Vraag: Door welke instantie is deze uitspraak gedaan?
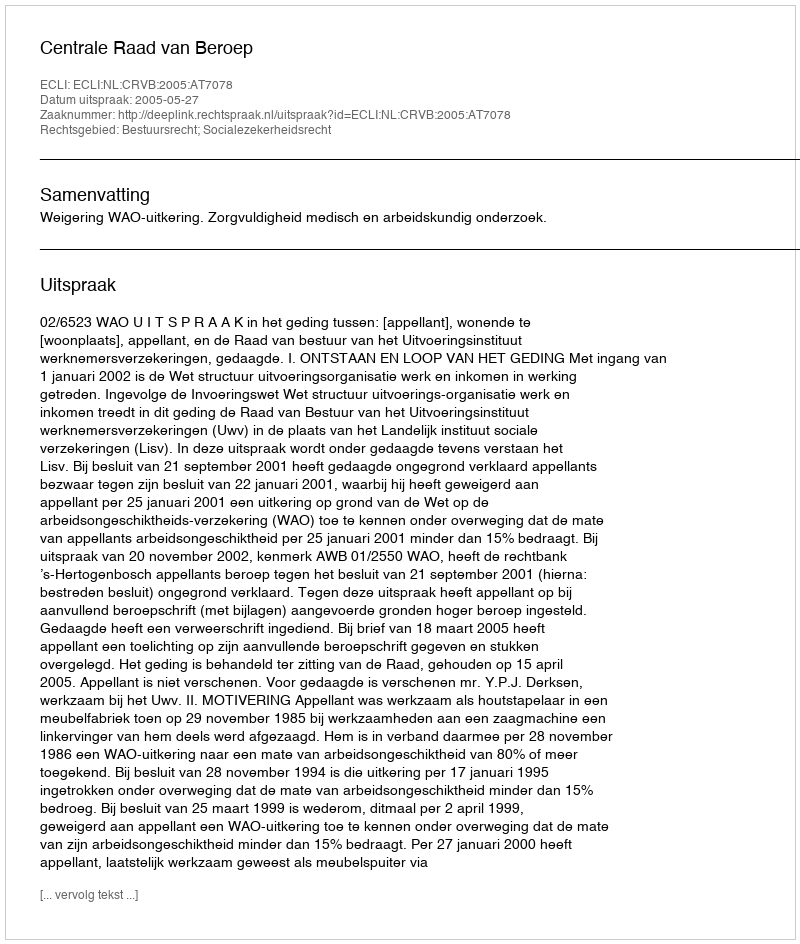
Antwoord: Centrale Raad van Beroep